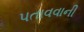
પતાવવાની